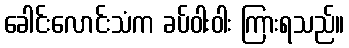
ခေါင်းလောင်းသံက ခပ်ဝါးဝါး ကြားရသည်။